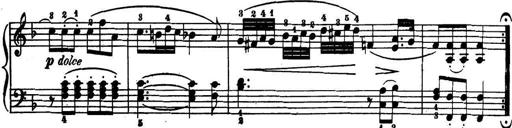
Title: 32 Sonatinas and Rondos for the Piano
Composer: Richard Kleinmichel